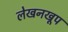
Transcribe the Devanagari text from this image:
लेखनखूप